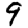
Digit: 9